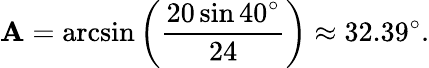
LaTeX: \mathbf{A}=\arcsin\left({\frac{{20\sin40^{\circ}}}{{24}}}\right)\approx32.39^{\circ}.